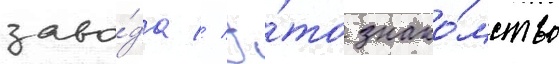
заво́да // Э́то знако́мство